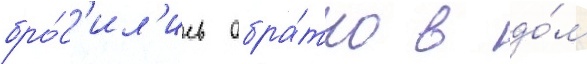
бро́с'ил'ись обра́тно в до́м